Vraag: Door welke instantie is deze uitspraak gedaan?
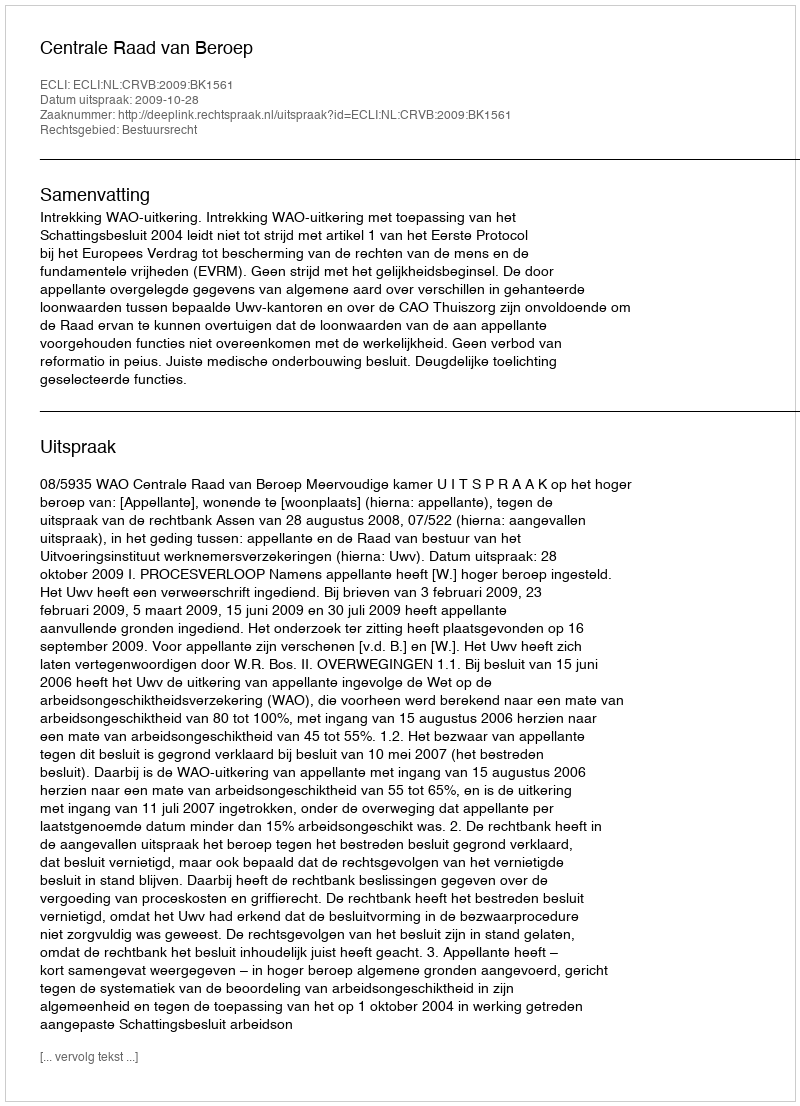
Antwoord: Centrale Raad van Beroep